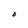
Character: O